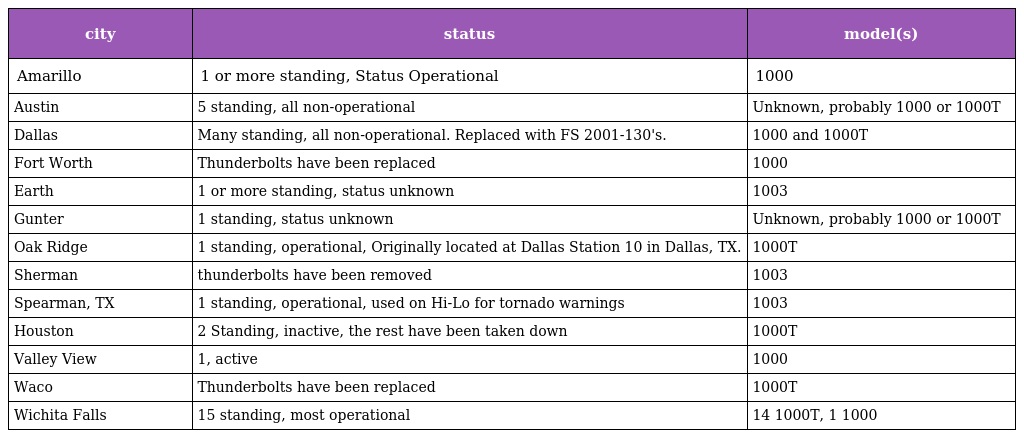
| city | status | model(s) |
 | --- | --- | --- |
 | Amarillo | 1 or more standing, Status Operational | 1000 |
 | Austin | 5 standing, all non-operational | Unknown, probably 1000 or 1000T |
 | Dallas | Many standing, all non-operational. Replaced with FS 2001-130's. | 1000 and 1000T |
 | Fort Worth | Thunderbolts have been replaced | 1000 |
 | Earth | 1 or more standing, status unknown | 1003 |
 | Gunter | 1 standing, status unknown | Unknown, probably 1000 or 1000T |
 | Oak Ridge | 1 standing, operational, Originally located at Dallas Station 10 in Dallas, TX. | 1000T |
 | Sherman | thunderbolts have been removed | 1003 |
 | Spearman, TX | 1 standing, operational, used on Hi-Lo for tornado warnings | 1003 |
 | Houston | 2 Standing, inactive, the rest have been taken down | 1000T |
 | Valley View | 1, active | 1000 |
 | Waco | Thunderbolts have been replaced | 1000T |
 | Wichita Falls | 15 standing, most operational | 14 1000T, 1 1000 |